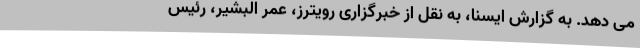
می دهد. به گزارش ایسنا، به نقل از خبرگزاری رویترز، عمر البشیر، رئیس